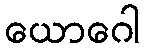
ယောဂေါ